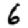
Digit: 6